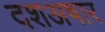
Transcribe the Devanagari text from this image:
दशअषार